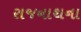
રાજનાથના